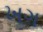
ખગ